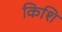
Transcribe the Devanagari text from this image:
किशि